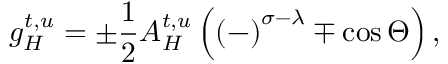
g _ { H } ^ { t , u } = \pm \frac 1 2 A _ { H } ^ { t , u } \left( { ( - ) } ^ { \sigma - \lambda } \mp \cos \Theta \right) ,